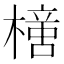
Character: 𣚍